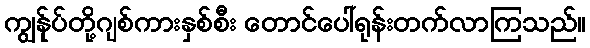
ကျွန်ုပ်တို့ဂျစ်ကားနှစ်စီး တောင်ပေါ်ရုန်းတက်လာကြသည်။